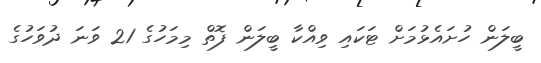
ބީލަން ހުށައެޅުމަށް ޓަކައި ވިއްކާ ބީލަން ފޮތް މިމަހުގެ 21 ވަނަ ދުވަހުގެ